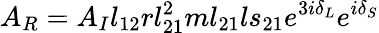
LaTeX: A_{R}=A_{I}l_{12}rl_{21}^{2}ml_{21}ls_{21}e^{3i\delta_{L}}e^{i\delta_{S}}